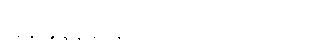
အခုအချိန်မှာ ချလိုက်ရင် ပိုကောင်းတယ်။